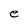
Character: e